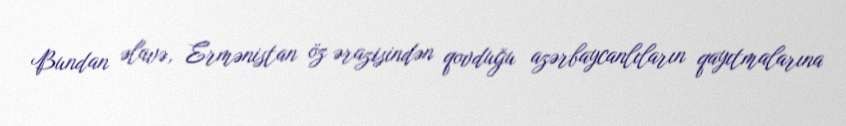
Bundan əlavə, Ermənistan öz ərazisindən qovduğu azərbaycanlıların qayıtmalarına